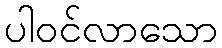
ပါဝင်လာသော